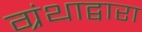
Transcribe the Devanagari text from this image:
ग्रंथाद्वारा